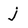
Character: j